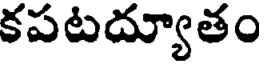
కపటద్యూతం